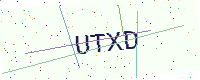
Text: UTXD